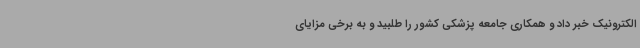
الکترونیک خبر داد و همکاری جامعه پزشکی کشور را طلبید و به برخی مزایای